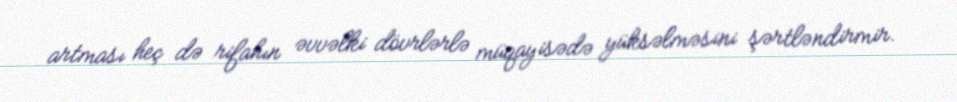
artması heç də rifahın əvvəlki dövrlərlə müqayisədə yüksəlməsini şərtləndirmir.